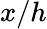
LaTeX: x/h